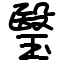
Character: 瑿